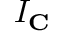
I _ { \mathbf { C } }